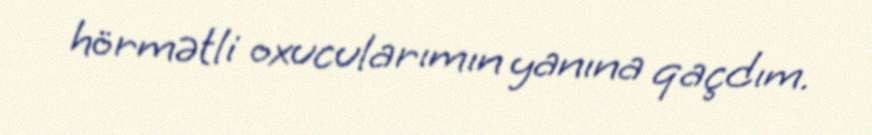
hörmətli oxucularımın yanına qaçdım.